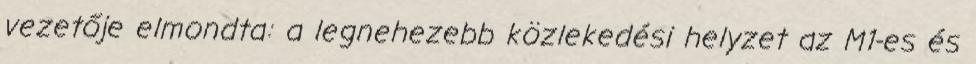
vezetője elmondta: a legnehezebb közlekedési helyzet az M1-es és